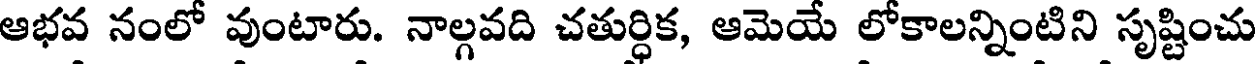
ఆభవ నంలో వుంటారు. నాల్గవది చతుర్ధిక, ఆమెయే లోకాలన్నింటిని సృష్టించు